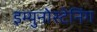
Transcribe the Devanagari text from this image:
इम्युनोस्टेनिंग